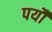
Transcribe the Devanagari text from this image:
पर्यौ